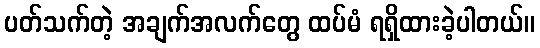
ပတ်သက်တဲ့ အချက်အလက်တွေ ထပ်မံ ရရှိထားခဲ့ပါတယ်။